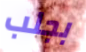
بجلب